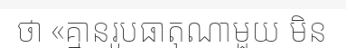
ថា «គ្មានរូបធាតុណាមួយ មិន